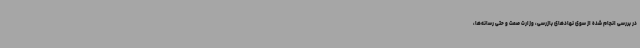
در بررسی انجام شده از سوی نهادهای بازرسی، وزارت صمت و حتی رسانه‌ها،